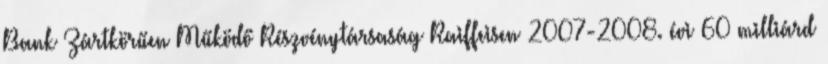
Bank Zártkörűen Működő Részvénytársaság Raiffeisen 2007-2008. évi 60 milliárd